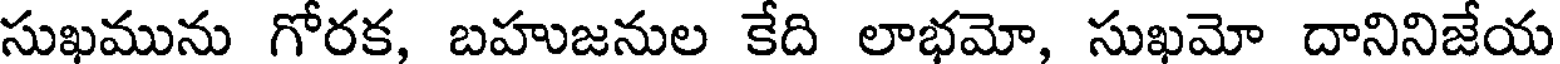
సుఖమును గోరక, బహుజనుల కేది లాభమో, సుఖమో దానినిజేయ